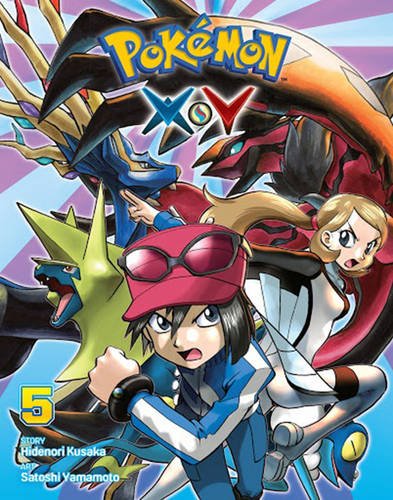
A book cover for PokÃ©mon XY, Vol. 5 (Pokemon); Hidenori Kusaka; Children's Books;